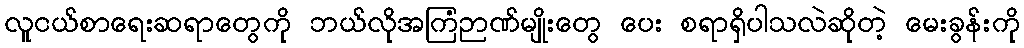
လူငယ်စာရေးဆရာတွေကို ဘယ်လိုအကြံဉာဏ်မျိုးတွေ ပေး စရာရှိပါသလဲဆိုတဲ့ မေးခွန်းကို